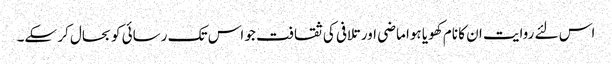
اس لئے روایت ان کا نام کھویا ہوا ماضی اور تلافی کی ثقافت جو اس تک رسائی کو بحال کر سکے۔